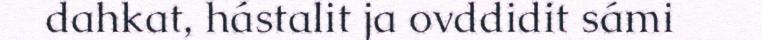
dahkat, hástalit ja ovddidit sámi